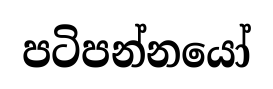
පටිපන්නයෝ